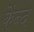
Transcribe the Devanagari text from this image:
केंन्द